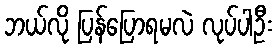
ဘယ်လို ပြန်ပြောရမလဲ လုပ်ပါဦး